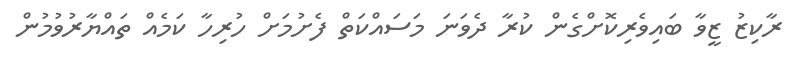
ރާކިޒު ޒީވާ ބައިވެރިކޮށްގެން ކުރާ ދެވަނަ މަސައްކަތް ފެށުމަށް ހުރިހާ ކަމެއް ތައްޔާރުވުމުން